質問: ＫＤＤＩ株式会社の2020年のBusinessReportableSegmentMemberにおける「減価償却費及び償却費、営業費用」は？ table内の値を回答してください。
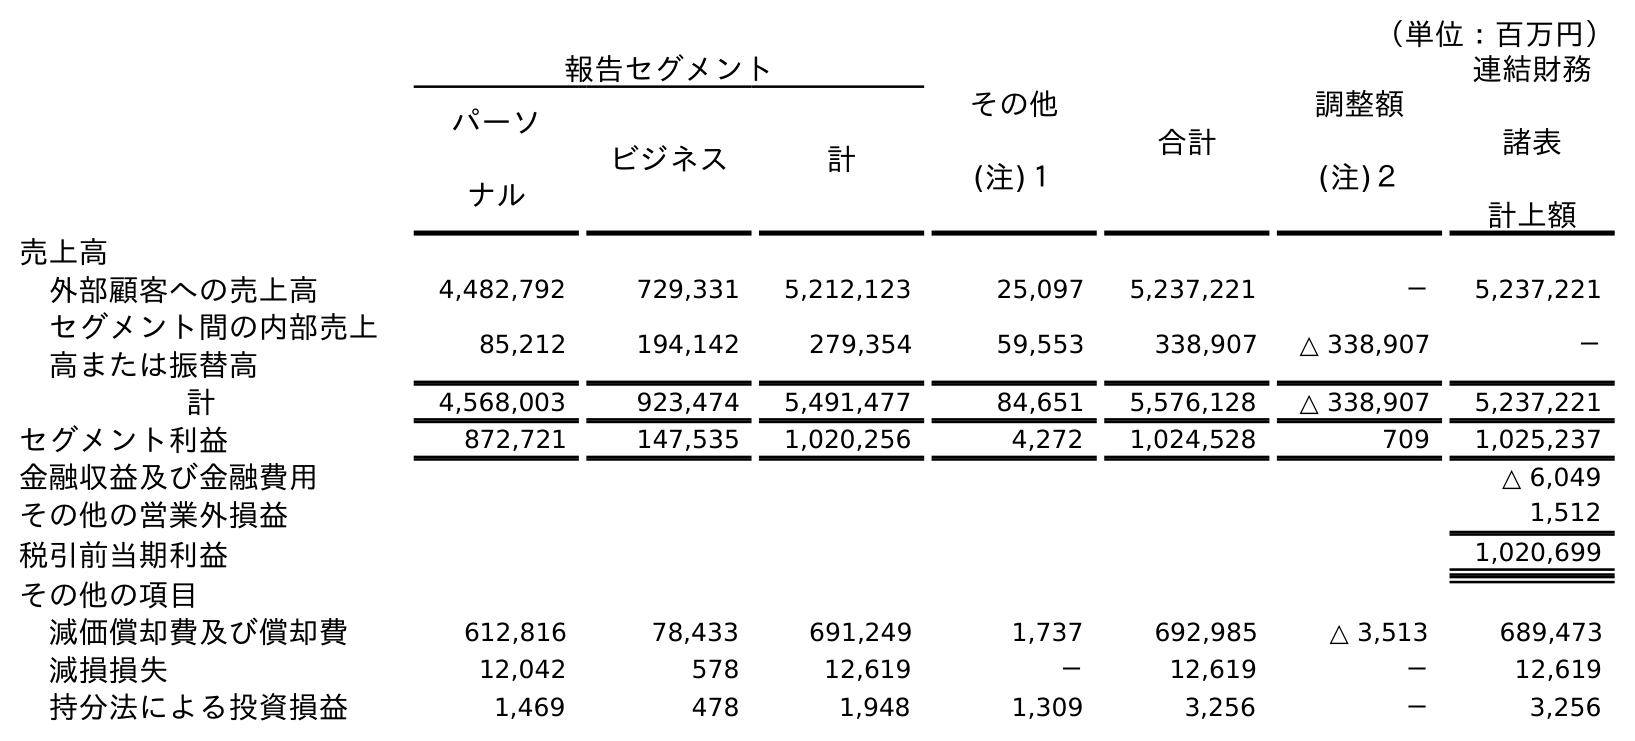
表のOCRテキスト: （単位：百万円） 報告セグメント その他 (注)１ 合計 調整額 (注)２ 連結財務 諸表 計上額 パーソ ナル ビジネス 計 売上高 外部顧客への売上高 4,482,792 729,331 5,212,123 25,097 5,237,221 － 5,237,221 セグメント間の内部売上 高または振替高 85,212 194,142 279,354 59,553 338,907 △ 338,907 － 計 4,568,003 923,474 5,491,477 84,651 5,576,128 △ 338,907 5,237,221 セグメント利益 872,721 147,535 1,020,256 4,272 1,024,528 709 1,025,237 金融収益及び金融費用 △ 6,049 その他の営業外損益 1,512 税引前当期利益 1,020,699 その他の項目 減価償却費及び償却費 612,816 78,433 691,249 1,737 692,985 △ 3,513 689,473 減損損失 12,042 578 12,619 － 12,619 － 12,619 持分法による投資損益 1,469 478 1,948 1,309 3,256 － 3,256
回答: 78,433